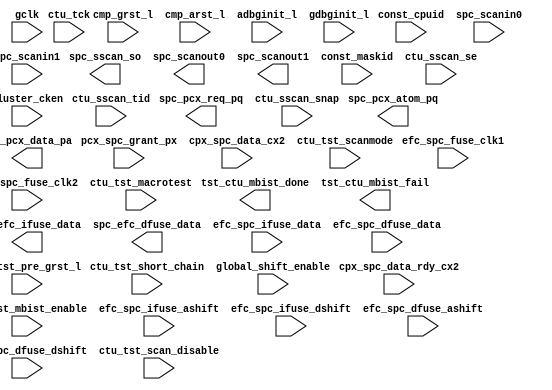
// ========== Copyright Header Begin ==========================================
// 
// OpenSPARC T1 Processor File: sparc.v
// Copyright (c) 2006 Sun Microsystems, Inc.  All Rights Reserved.
// DO NOT ALTER OR REMOVE COPYRIGHT NOTICES.
// 
// The above named program is free software; you can redistribute it and/or
// modify it under the terms of the GNU General Public
// License version 2 as published by the Free Software Foundation.
// 
// The above named program is distributed in the hope that it will be 
// useful, but WITHOUT ANY WARRANTY; without even the implied warranty of
// MERCHANTABILITY or FITNESS FOR A PARTICULAR PURPOSE.  See the GNU
// General Public License for more details.
// 
// You should have received a copy of the GNU General Public
// License along with this work; if not, write to the Free Software
// Foundation, Inc., 51 Franklin St, Fifth Floor, Boston, MA 02110-1301, USA.
// 
// ========== Copyright Header End ============================================
// ========== Copyright Header Begin ==========================================
// 
// OpenSPARC T1 Processor File: sparc.v
// Copyright (c) 2006 Sun Microsystems, Inc.  All Rights Reserved.
// DO NOT ALTER OR REMOVE COPYRIGHT NOTICES.
// 
// The above named program is free software; you can redistribute it and/or
// modify it under the terms of the GNU General Public
// License version 2 as published by the Free Software Foundation.
// 
// The above named program is distributed in the hope that it will be 
// useful, but WITHOUT ANY WARRANTY; without even the implied warranty of
// MERCHANTABILITY or FITNESS FOR A PARTICULAR PURPOSE.  See the GNU
// General Public License for more details.
// 
// You should have received a copy of the GNU General Public
// License along with this work; if not, write to the Free Software
// Foundation, Inc., 51 Franklin St, Fifth Floor, Boston, MA 02110-1301, USA.
// 
// ========== Copyright Header End ============================================

/*`include "sys.h"
`include "iop.h"
`include "ifu.h"
`include "tlu.h"
`include "lsu.h"
*/

`define PCX_WIDTH       124  //PCX payload packet width
`define CPX_WIDTH       145  //CPX payload packet width


module sparc (/*AUTOARG*/
   // Outputs
   spc_pcx_req_pq, spc_pcx_atom_pq, spc_pcx_data_pa, spc_sscan_so, 
   spc_scanout0, spc_scanout1, tst_ctu_mbist_done, 
   tst_ctu_mbist_fail, spc_efc_ifuse_data, spc_efc_dfuse_data, 
   // Inputs
   pcx_spc_grant_px, cpx_spc_data_rdy_cx2, cpx_spc_data_cx2, 
   const_cpuid, const_maskid, ctu_tck, ctu_sscan_se, ctu_sscan_snap, 
   ctu_sscan_tid, ctu_tst_mbist_enable, efc_spc_fuse_clk1, 
   efc_spc_fuse_clk2, efc_spc_ifuse_ashift, efc_spc_ifuse_dshift, 
   efc_spc_ifuse_data, efc_spc_dfuse_ashift, efc_spc_dfuse_dshift, 
   efc_spc_dfuse_data, ctu_tst_macrotest, ctu_tst_scan_disable, 
   ctu_tst_short_chain, global_shift_enable, ctu_tst_scanmode, 
   spc_scanin0, spc_scanin1, cluster_cken, gclk, cmp_grst_l, 
   cmp_arst_l, ctu_tst_pre_grst_l, adbginit_l, gdbginit_l
   );

   // these are the only legal IOs

   // pcx
   output [4:0]   spc_pcx_req_pq;    // processor to pcx request
   output         spc_pcx_atom_pq;   // processor to pcx atomic request
   output [`PCX_WIDTH-1:0] spc_pcx_data_pa;  // processor to pcx packet

   // shadow scan
   output     spc_sscan_so;         // From ifu of sparc_ifu.v
   output     spc_scanout0;         // From test_stub of test_stub_bist.v
   output     spc_scanout1;         // From test_stub of test_stub_bist.v

   // bist
   output     tst_ctu_mbist_done;  // From test_stub of test_stub_two_bist.v
   output     tst_ctu_mbist_fail;  // From test_stub of test_stub_two_bist.v

   // fuse
   output     spc_efc_ifuse_data;     // From ifu of sparc_ifu.v
   output     spc_efc_dfuse_data;     // From ifu of sparc_ifu.v


   // cpx interface
   input [4:0] pcx_spc_grant_px; // pcx to processor grant info  
   input       cpx_spc_data_rdy_cx2; // cpx data inflight to sparc  
   input [`CPX_WIDTH-1:0] cpx_spc_data_cx2;     // cpx to sparc data packet

   input [3:0]  const_cpuid;
   input [7:0]  const_maskid;           // To ifu of sparc_ifu.v

   // sscan
   input        ctu_tck;                // To ifu of sparc_ifu.v
   input        ctu_sscan_se;           // To ifu of sparc_ifu.v
   input        ctu_sscan_snap;         // To ifu of sparc_ifu.v
   input [3:0]  ctu_sscan_tid;          // To ifu of sparc_ifu.v

   // bist
   input        ctu_tst_mbist_enable;   // To test_stub of test_stub_bist.v

   // efuse
   input        efc_spc_fuse_clk1;
   input        efc_spc_fuse_clk2;
   input        efc_spc_ifuse_ashift;
   input        efc_spc_ifuse_dshift;
   input        efc_spc_ifuse_data;
   input        efc_spc_dfuse_ashift;
   input        efc_spc_dfuse_dshift;
   input        efc_spc_dfuse_data;
   
   // scan and macro test
   input        ctu_tst_macrotest;      // To test_stub of test_stub_bist.v
   input        ctu_tst_scan_disable;   // To test_stub of test_stub_bist.v
   input        ctu_tst_short_chain;    // To test_stub of test_stub_bist.v
   input        global_shift_enable;    // To test_stub of test_stub_two_bist.v
   input        ctu_tst_scanmode;       // To test_stub of test_stub_two_bist.v
   input        spc_scanin0;
   input        spc_scanin1;
   
   // clk
   input        cluster_cken;           // To spc_hdr of cluster_header.v
   input        gclk;                   // To spc_hdr of cluster_header.v

   // reset
   input        cmp_grst_l;
   input        cmp_arst_l;
   input        ctu_tst_pre_grst_l;     // To test_stub of test_stub_bist.v

   input        adbginit_l;             // To spc_hdr of cluster_header.v
   input        gdbginit_l;             // To spc_hdr of cluster_header.v


   // ----------------- End of IOs -------------------------- //

endmodule // sparc